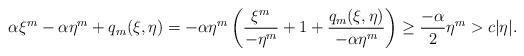
LaTeX: \begin{align*}\alpha \xi^{m}-\alpha \eta^{m}+q_{m}(\xi,\eta)=-\alpha \eta^{m}\left(\frac{\xi^{m}}{-\eta^{m}}+1+ \frac{q_{m}(\xi,\eta)}{-\alpha \eta^{m}} \right)\geq \frac{-\alpha}{2}\eta^{m} >c |\eta|.\end{align*}